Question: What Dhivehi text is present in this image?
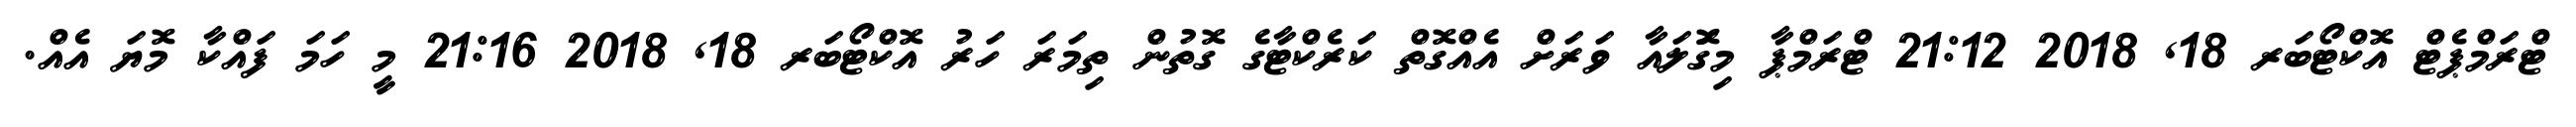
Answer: ޓްރަމްޕެޓް އޮކްޓޯބަރ 18, 2018 21:12 ޓްރަމްޕާ މިގޮަލައާ ވަރަށް އެއްގޮތް ކަރެކްޓާގެ ގޮތުން ތިމަރަ ހަރު އޮކްޓޯބަރ 18, 2018 21:16 މީ ހަމަ ފައްކާ މޮޔަ އެއް.